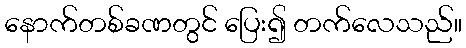
နောက်တစ်ခဏတွင် ပြေး၍ တက်လေသည်။